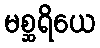
မစ္ဆရိယေ